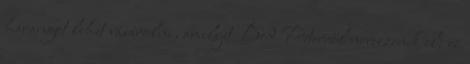
harangot lehet vásárolni, amelyet Bod Péterről nevezzenek el; ez